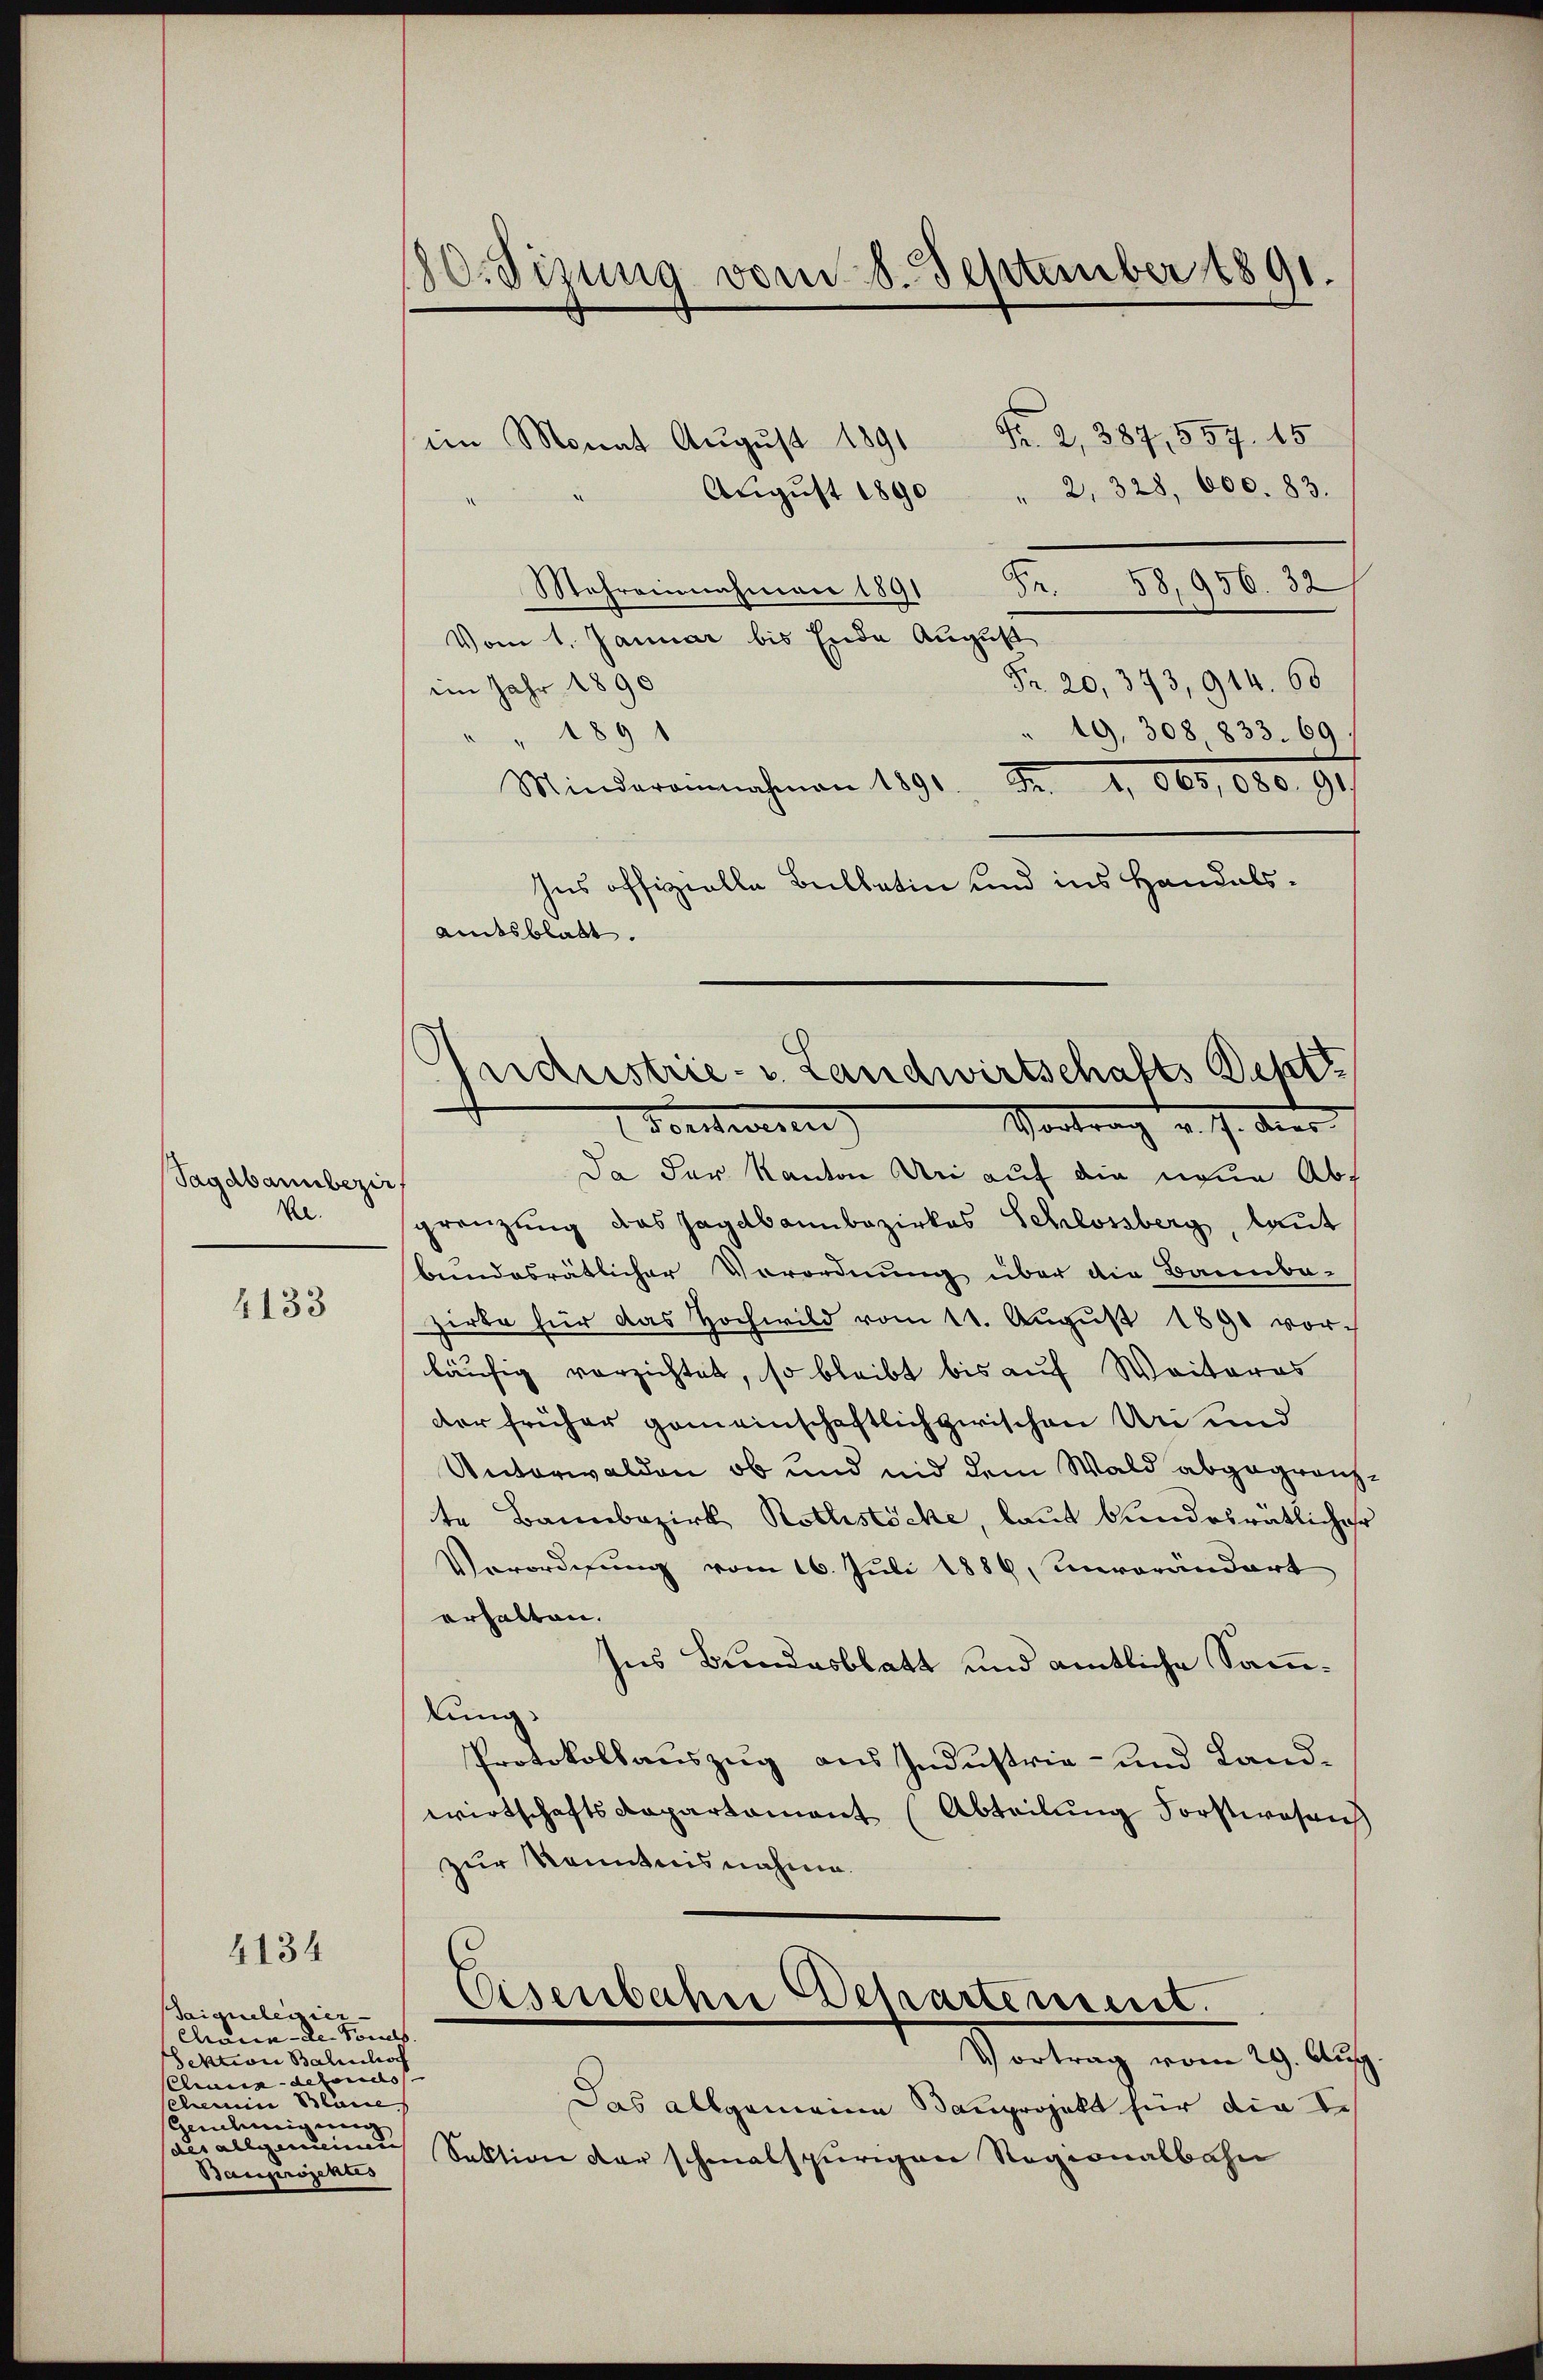
Sagabannbezir
Be.

4133

4134

Saianclessier.
Charia - Dr. Sons
Sektion Balin hoch
ehindefonds
schenen Bläue
Geleinigung
Bauprojektes

80. Sizung vom 8. September 1891.

im Monat August 1891
Aŭgŭst 1890 " 2, 328, 600. 83.
Fr. 58,956. 32
Stehreinnahmen 1891
Vom 1. Januar bis Ende August
Fr. 20, 373, 914. 68
im Jahr 1890
" 19, 308, 833. 69
1891
e
Mindereinnahmen 1891 Fr. 1. 660, 680. 91
hus offizielle Beillatin und ins Handels¬
Amtsblatt.

Fr. 2, 387, 557. 15

Andustrie- u. Landwirtschafts Dept
Vortrag v. J. der
Fornenn
Da der Kanton Uri auf die neue Abs

gränzung das Jagabambezirkes Schlossberg, laut
bundesrätlicher Vorordnung über die Bannba-
zirke für das Hochwild vom 11. Aŭgŭst 1890 vor-
läufig verzichtet, so bleibt bis auf Weiteres
der früher gemeinschaftlich zwischen Uri und
Unterwalden, ob und und dem Wald abgegränzte Bannbezirk Kothistöcke, laut bundesrätlicher
Verordnung vom 16. Juli 1886, unverändert
erhalten.
Ins Bundesblatt und amtliche Sammlung.
Protokollauszug aus Industrie- und Landwirtschaftsdepartament (Abteilung Forstwesen
zur Kenntnisnahme.
Eisenbahn Departement.
Vertrag vom 10. Auss
Das allgemeine Bauprojekt für die I.
sals allgemeinen Sektion der schmalspurigen Regionalbahn